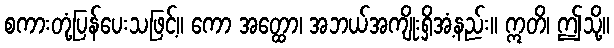
စကားတုံ့ပြန်ပေးသဖြင့်။ ကော အတ္ထော၊ အဘယ်အကျိုးရှိအံ့နည်း။ ဣတိ၊ ဤသို့။